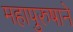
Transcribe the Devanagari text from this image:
महापुरुषाने